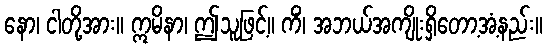
နော၊ ငါတို့အား။ ဣမိနာ၊ ဤသူဖြင့်။ ကိံ၊ အဘယ်အကျိုးရှိတော့အံ့နည်း။